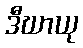
ဒီဃာယု